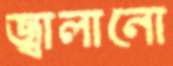
জ্বালানো